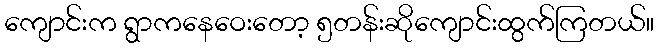
ကျောင်းက ရွာကနေဝေးတော့ ၅တန်းဆိုကျောင်းထွက်ကြတယ်။